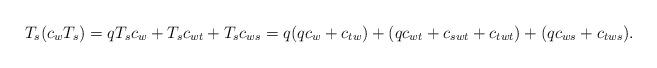
LaTeX: \begin{align*}T_s(c_wT_s)=qT_sc_w+T_sc_{wt}+T_sc_{ws}=q(qc_w+c_{tw})+(qc_{wt}+c_{swt}+c_{twt})+(qc_{ws}+c_{tws}).\end{align*}